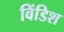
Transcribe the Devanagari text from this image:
विंडिश